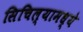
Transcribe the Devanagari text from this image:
सिचिल्यामध्ये